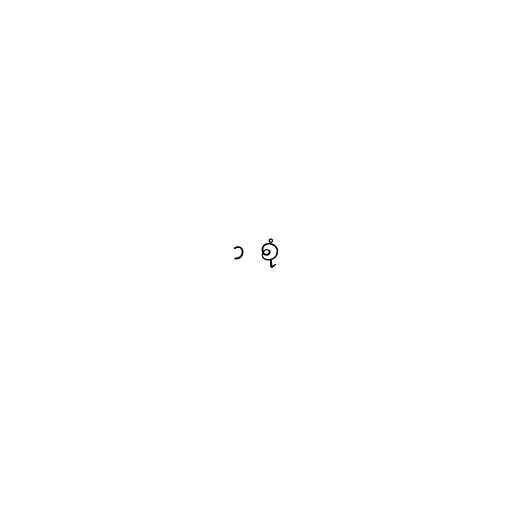
၁ စုံ